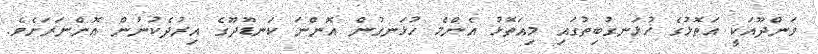
ވަންދޫއަކީ އަތޮޅުގެ ހުޅަނގުބިތުގައި މިއަތޮޅު އެންމެ ހުޅަނގުން އޮންނަ ކަނޑޫދޫގެ އިރުދެކުނުން އޮންނަރަށެވެ.